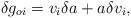
LaTeX: \begin{align*}\delta g_{oi} = v_{i} \delta a + a \delta v_{i},\end{align*}